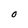
Character: 0